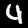
Digit: 4